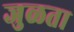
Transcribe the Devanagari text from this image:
जुळता